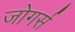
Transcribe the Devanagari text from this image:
जोगर्स